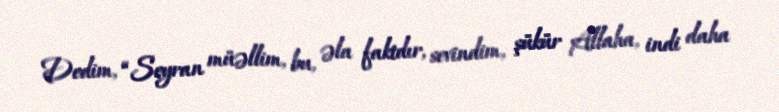
Dedim, “Seyran müəllim, bu, əla faktdır, sevindim, şükür Allaha, indi daha